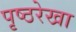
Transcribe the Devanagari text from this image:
पृष्ठरेखा